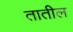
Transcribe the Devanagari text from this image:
तातील